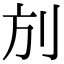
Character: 𠛍